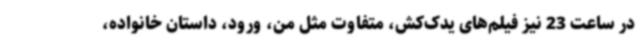
در ساعت 23 نیز فیلم‌های یدک‌کش، متفاوت مثل من، ورود، داستان خانواده،